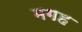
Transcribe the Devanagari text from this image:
मगह